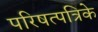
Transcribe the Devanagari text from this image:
परिषत्पत्रिके